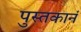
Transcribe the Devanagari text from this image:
पुस्तकानं